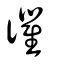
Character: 忂